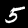
Label: 5